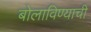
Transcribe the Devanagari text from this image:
बोलाविण्याची